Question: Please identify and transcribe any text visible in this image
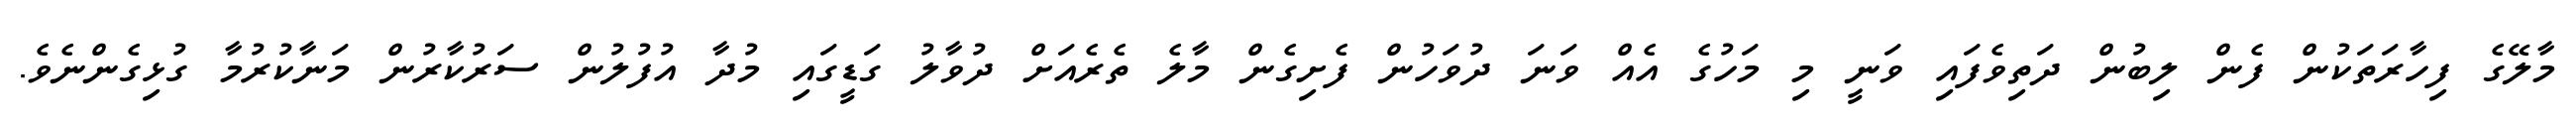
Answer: މާލޭގެ ފިހާރަތަކުން ފެން ލިބުން ދަތިވެފައި ވަނީ މި މަހުގެ އެއް ވަނަ ދުވަހުން ފެށިގެން މާލެ ތެރެއަށް ދުވާލު ގަޑީގައި މުދާ އުފުލުން ސަރުކާރުން މަނާކުރުމާ ގުޅިގެންނެވެ.